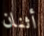
أثنان